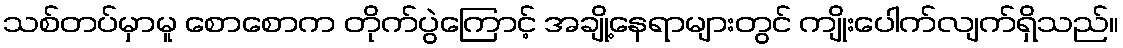
သစ်တပ်မှာမူ စောစောက တိုက်ပွဲကြောင့် အချို့နေရာများတွင် ကျိုးပေါက်လျက်ရှိသည်။